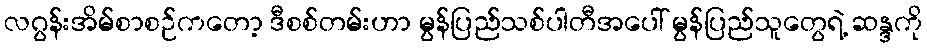
လဂွန်းအိမ်စာစဉ်ကတော့ ဒီစစ်တမ်းဟာ မွန်ပြည်သစ်ပါတီအပေါ် မွန်ပြည်သူတွေရဲ့ ဆန္ဒကို